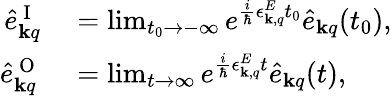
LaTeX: \begin{array}{rl}{\hat{e}_{{\mathbf k}q}^{\mathrm{~I~}}}&{{}=\operatorname*{lim}_{t_{0}\rightarrow-\infty}e^{\frac{i}{\hbar}\epsilon_{{\mathbf k},q}^{E}t_{0}}\hat{e}_{{\mathbf k}q}(t_{0}),}\\ {\hat{e}_{{\mathbf k}q}^{\mathrm{~O~}}}&{{}=\operatorname*{lim}_{t\rightarrow\infty}e^{\frac{i}{\hbar}\epsilon_{{\mathbf k},q}^{E}t}\hat{e}_{{\mathbf k}q}(t),}\end{array}